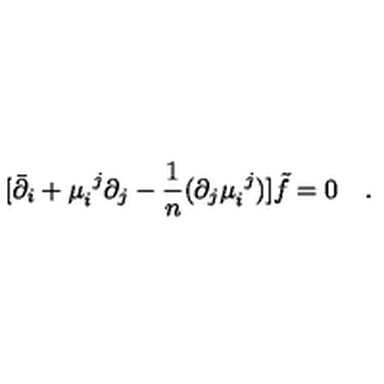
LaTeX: [ \bar { \partial } _ { i } + \mu _ { i } ^ { \ j } \partial _ { j } - { \frac { 1 } { n } } ( \partial _ { j } \mu _ { i } ^ { \ j } ) ] \tilde { f } = 0 \quad .